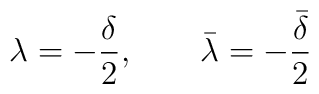
\lambda = - \frac{\delta}{2},~~~~~~\bar{\lambda}= - \frac{\bar{\delta}}{2}